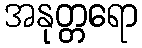
အနုတ္တရော